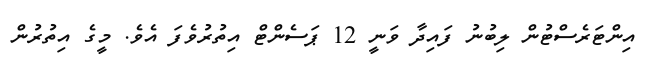
އިންޓަރެސްޓުން ލިބުނު ފައިދާ ވަނީ 12 ޕަސެންޓް އިތުރުވެފަ އެވެ. މީގެ އިތުރުން